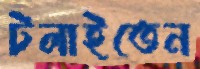
টলাইতেন